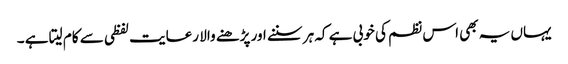
یہاں یہ بھی اس نظم کی خوبی ہے کہ ہر سننے اور پڑھنے والا رعایت لفظی سے کام لیتا ہے ۔